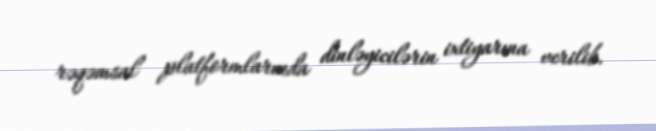
rəqəmsal platformlarında dinləyicilərin ixtiyarına verilib.